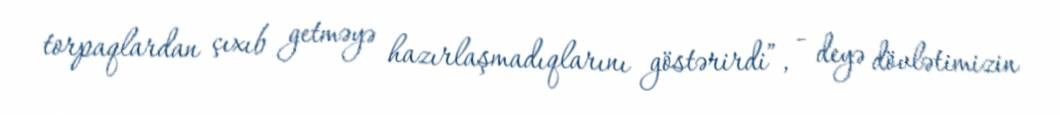
torpaqlardan çıxıb getməyə hazırlaşmadıqlarını göstərirdi”, - deyə dövlətimizin